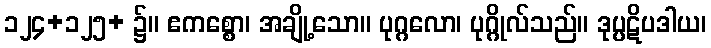
၁၂၄+၁၂၅+ ၌။ ဧကစ္စော၊ အချို့သော။ ပုဂ္ဂလော၊ ပုဂ္ဂိုလ်သည်။ ဒုပ္ပဋိပဒါယ၊